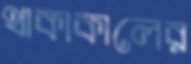
থাকাকালের